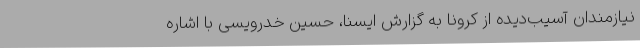
نیازمندان آسیب‌دیده از کرونا به گزارش ایسنا، حسین خدرویسی با اشاره